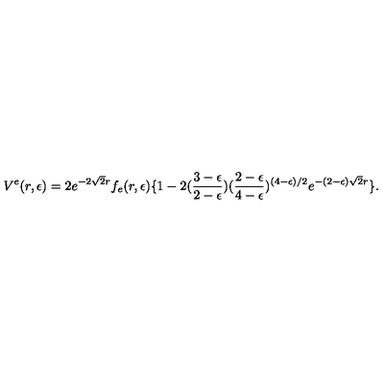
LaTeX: V ^ { e } ( r , \epsilon ) = 2 e ^ { - 2 \sqrt 2 r } f _ { e } ( r , \epsilon ) \{ 1 - 2 ( { \frac { 3 - \epsilon } { 2 - \epsilon } } ) ( { \frac { 2 - \epsilon } { 4 - \epsilon } } ) ^ { ( 4 - \epsilon ) / 2 } e ^ { - ( 2 - \epsilon ) \sqrt 2 r } \} .